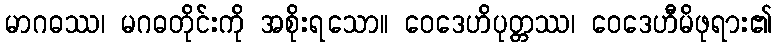
မာဂဓဿ၊ မဂဓတိုင်းကို အစိုးရသော။ ဝေဒေဟိပုတ္တဿ၊ ဝေဒေဟီမိဖုရား၏